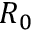
R _ { 0 }